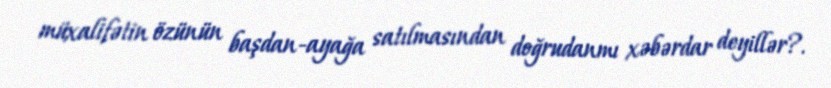
müxalifətin özünün başdan-ayağa satılmasından doğrudanmı xəbərdar deyillər?.